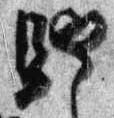
馳